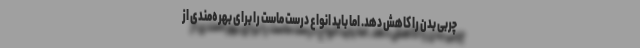
چربی بدن را کاهش دهد. اما باید انواع درست ماست را برای بهره‌مندی از